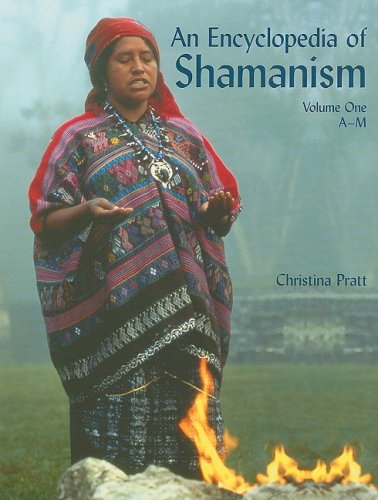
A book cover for An Encyclopedia of Shamanism: A-m; Christina Pratt; Teen & Young Adult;